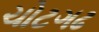
ચોટગઢ